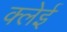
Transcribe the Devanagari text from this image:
क्लेई